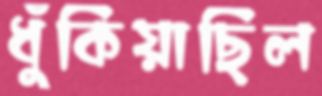
ধুঁকিয়াছিল